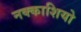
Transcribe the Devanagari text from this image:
नक्‍काशियो